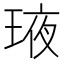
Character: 𤥿